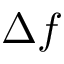
\Delta f